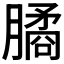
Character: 𣎛